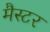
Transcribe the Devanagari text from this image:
मैस्टर